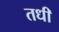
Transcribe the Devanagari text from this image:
तधी